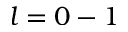
l = 0 - 1